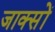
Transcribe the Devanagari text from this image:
जाक्सों